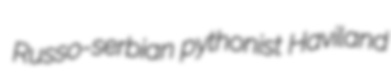
Russo-serbian pythonist Haviland